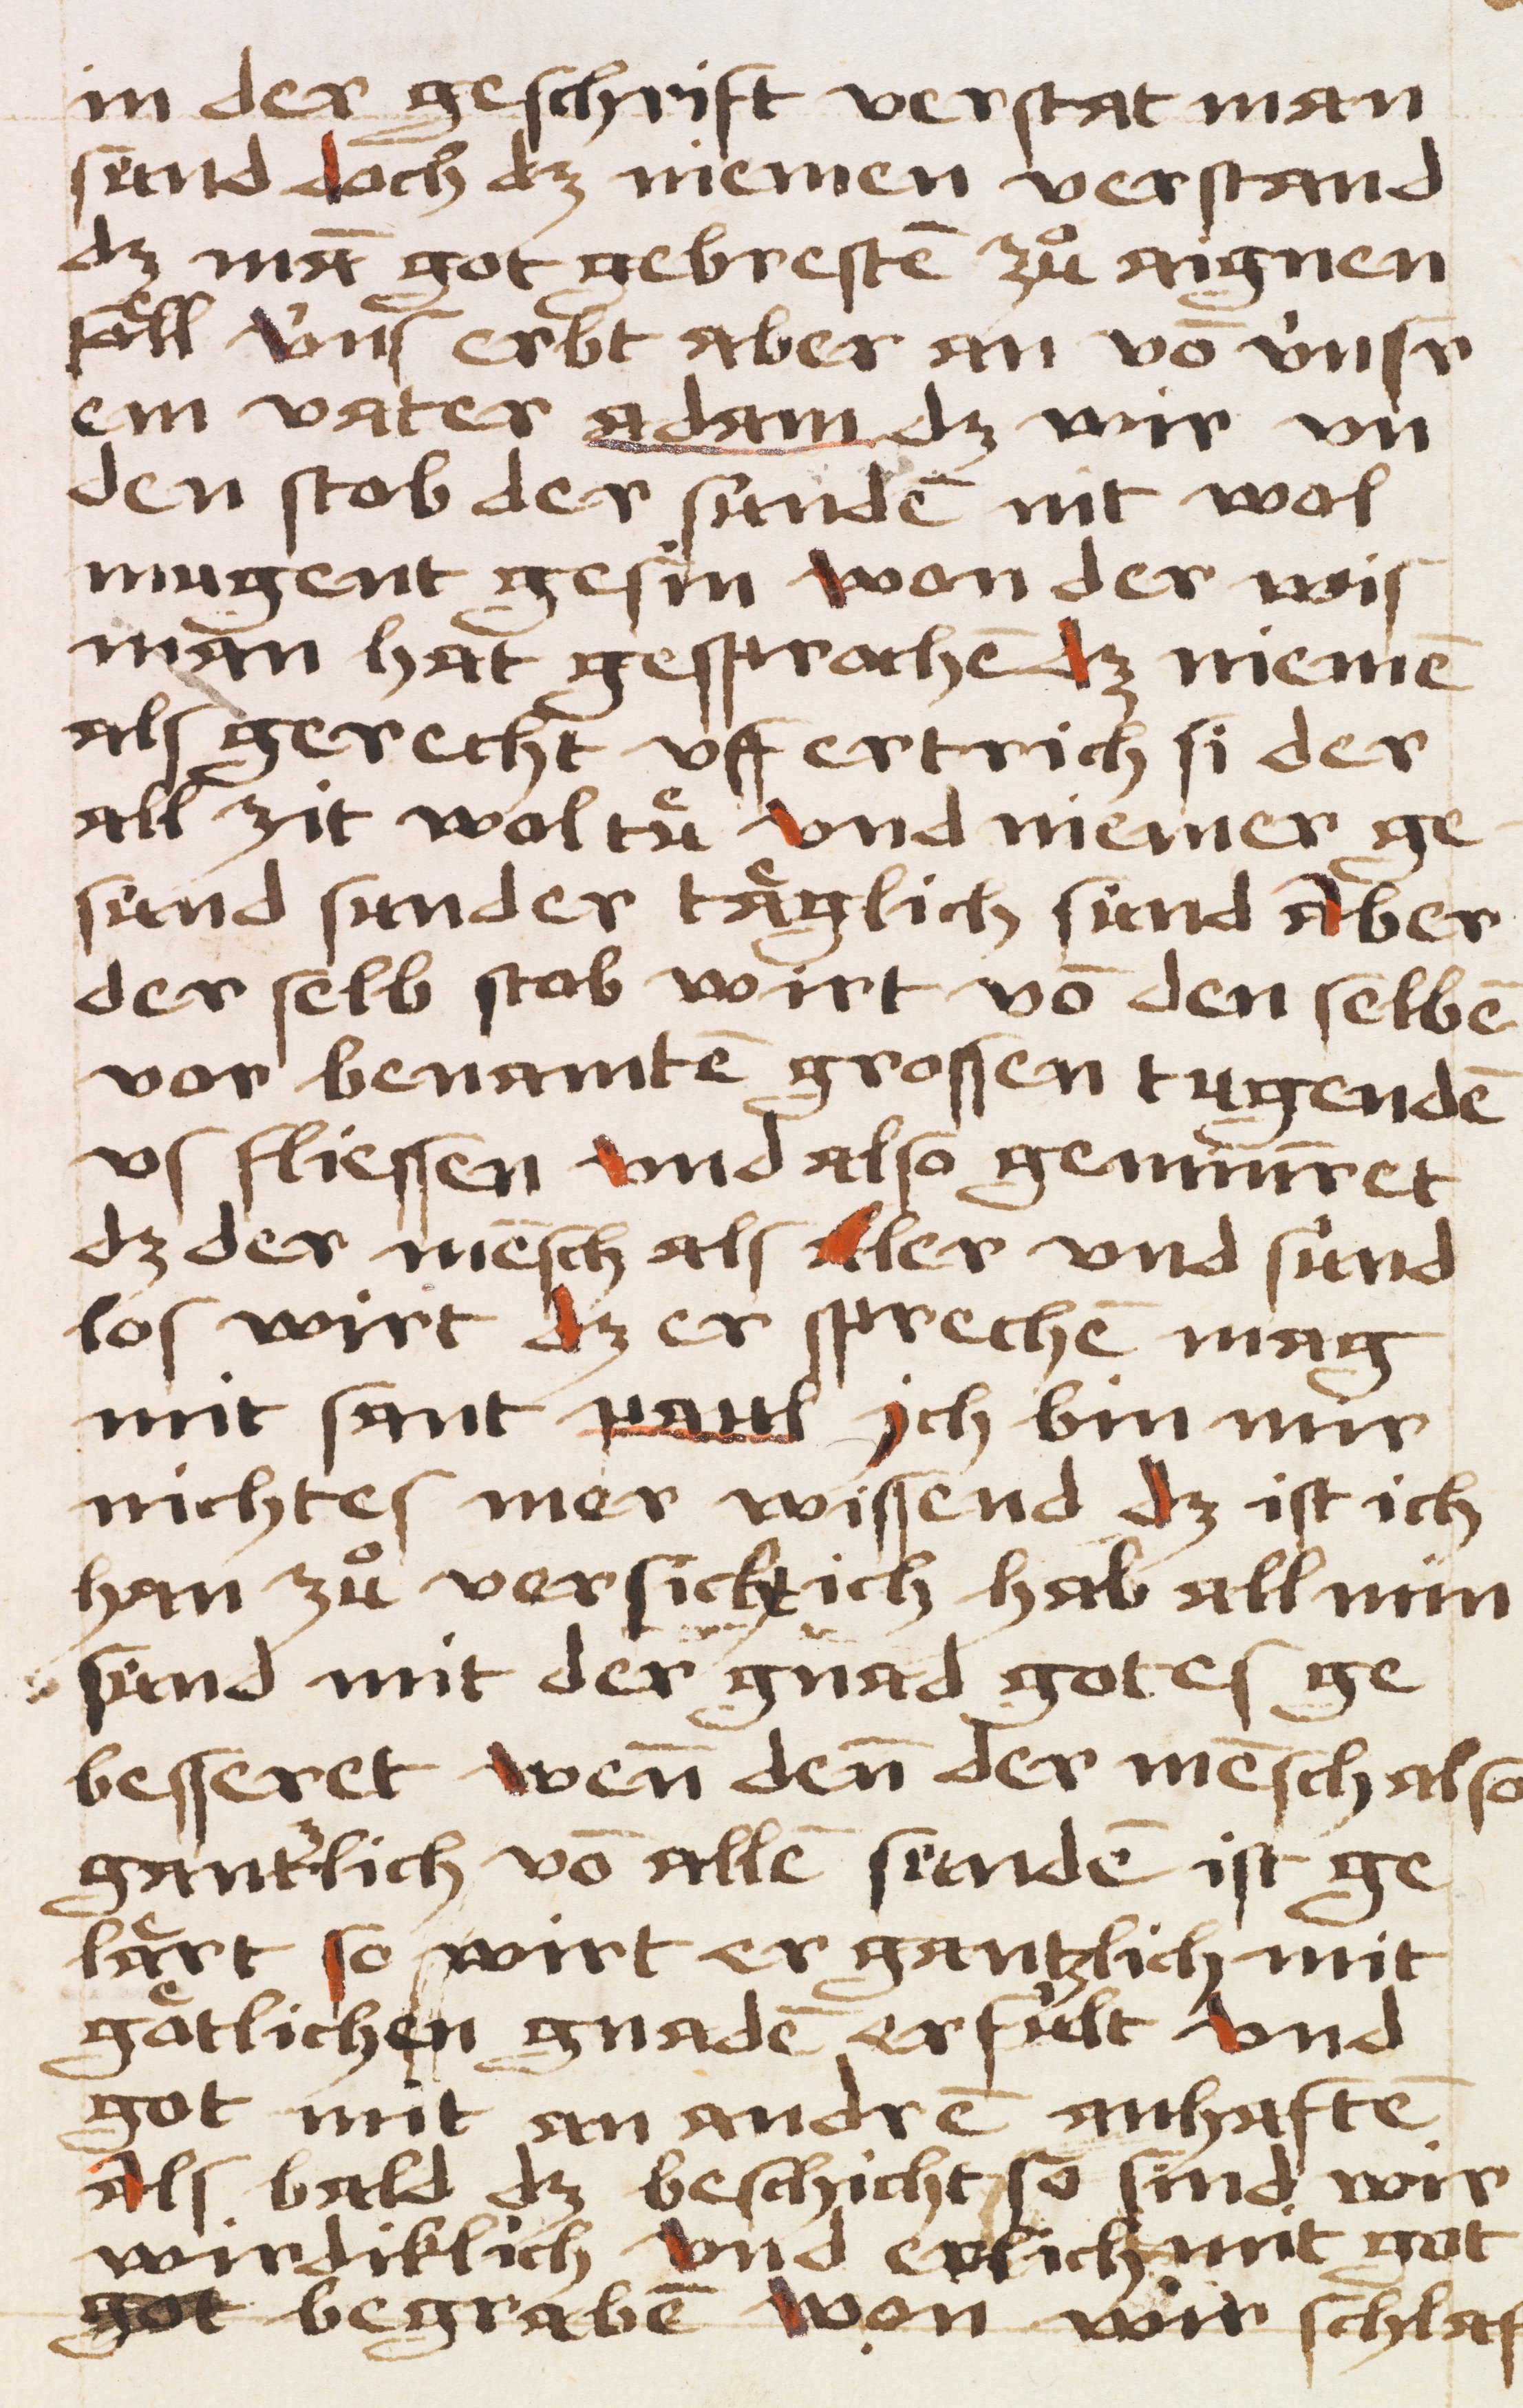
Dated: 1484–1484